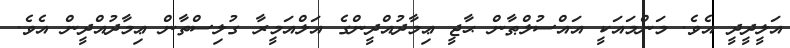
އަލީދީދީ އެވެ. މަންމައަކީ އައްސުލްޠާން ޙާޖީ ޢިމާދުއްދީންގެ އަލްއަމީރާ ގުލިސްތާން ޢިމާދުއްދީން އެވެ.